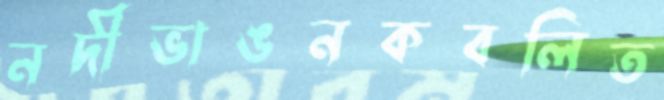
নদীভাঙনকবলিত